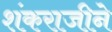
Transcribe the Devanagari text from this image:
शंकराजीने